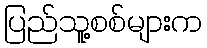
ပြည်သူ့စစ်များက